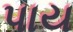
પાય